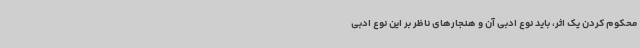
محکوم کردن یک اثر، باید نوع ادبی آن و هنجارهای ناظر بر این نوع ادبی